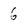
Character: 6